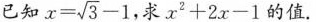
已知 $$x = \sqrt { 3 } - 1$$，求 $$x ^ { 2 } + 2 x - 1$$的值.